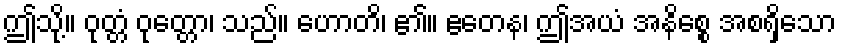
ဤသို့။ ဝုတ္တံ ဝုတ္တော၊ သည်။ ဟောတိ၊ ၏။ ဧတေန၊ ဤအယံ အနိစ္စေ အစရှိသော